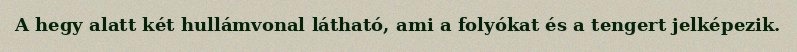
A hegy alatt két hullámvonal látható, ami a folyókat és a tengert jelképezik.